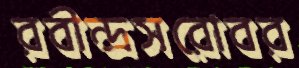
রবীন্দ্রসরোবর